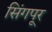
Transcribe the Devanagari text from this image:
सिंगपूर